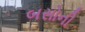
બસોની